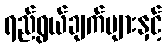
ရည်ရွယ်ချက်များနှင့်